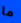
ما